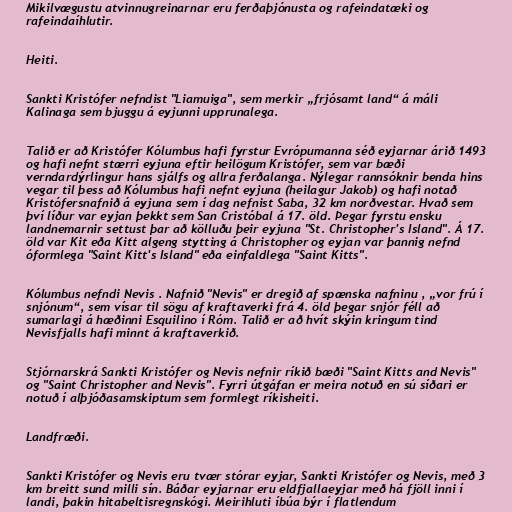
Mikilvægustu atvinnugreinarnar eru ferðaþjónusta og rafeindatæki og
rafeindaíhlutir.

Heiti.

Sankti Kristófer nefndist "Liamuiga", sem merkir „frjósamt land“ á máli
Kalinaga sem bjuggu á eyjunni upprunalega.

Talið er að Kristófer Kólumbus hafi fyrstur Evrópumanna séð eyjarnar árið 1493
og hafi nefnt stærri eyjuna eftir heilögum Kristófer, sem var bæði
verndardýrlingur hans sjálfs og allra ferðalanga. Nýlegar rannsóknir benda hins
vegar til þess að Kólumbus hafi nefnt eyjuna (heilagur Jakob) og hafi notað
Kristófersnafnið á eyjuna sem í dag nefnist Saba, 32 km norðvestar. Hvað sem
því líður var eyjan þekkt sem San Cristóbal á 17. öld. Þegar fyrstu ensku
landnemarnir settust þar að kölluðu þeir eyjuna "St. Christopher's Island". Á 17.
öld var Kit eða Kitt algeng stytting á Christopher og eyjan var þannig nefnd
óformlega "Saint Kitt's Island" eða einfaldlega "Saint Kitts".

Kólumbus nefndi Nevis . Nafnið "Nevis" er dregið af spænska nafninu , „vor frú í
snjónum“, sem vísar til sögu af kraftaverki frá 4. öld þegar snjór féll að
sumarlagi á hæðinni Esquilino í Róm. Talið er að hvít skýin kringum tind
Nevisfjalls hafi minnt á kraftaverkið.

Stjórnarskrá Sankti Kristófer og Nevis nefnir ríkið bæði "Saint Kitts and Nevis"
og "Saint Christopher and Nevis". Fyrri útgáfan er meira notuð en sú síðari er
notuð í alþjóðasamskiptum sem formlegt ríkisheiti.

Landfræði.

Sankti Kristófer og Nevis eru tvær stórar eyjar, Sankti Kristófer og Nevis, með 3
km breitt sund milli sín. Báðar eyjarnar eru eldfjallaeyjar með há fjöll inni í
landi, þakin hitabeltisregnskógi. Meirihluti íbúa býr í flatlendum